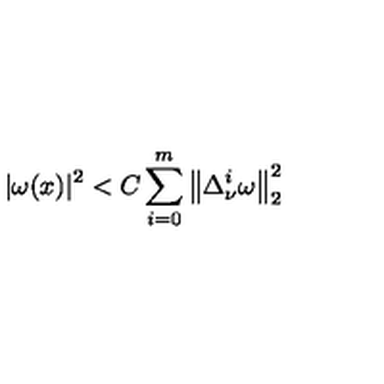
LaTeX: | \omega ( x ) | ^ { 2 } < C \sum _ { i = 0 } ^ { m } \left\| \Delta _ { \nu } ^ { i } \omega \right\| _ { 2 } ^ { 2 }